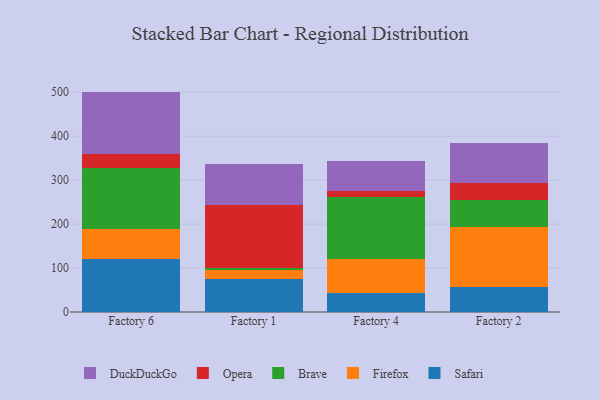
{"axis": {"x": "Factory", "y": "Demand Index"}, "legend": ["Brave", "DuckDuckGo", "Firefox", "Opera", "Safari"], "data": [{"x": "Factory 6", "y": 119.9, "type": "Safari"}, {"x": "Factory 6", "y": 69.9, "type": "Firefox"}, {"x": "Factory 6", "y": 137.7, "type": "Brave"}, {"x": "Factory 6", "y": 31.8, "type": "Opera"}, {"x": "Factory 6", "y": 142.2, "type": "DuckDuckGo"}, {"x": "Factory 1", "y": 74.4, "type": "Safari"}, {"x": "Factory 1", "y": 20.3, "type": "Firefox"}, {"x": "Factory 1", "y": 6.4, "type": "Brave"}, {"x": "Factory 1", "y": 141.5, "type": "Opera"}, {"x": "Factory 1", "y": 95.1, "type": "DuckDuckGo"}, {"x": "Factory 4", "y": 43.7, "type": "Safari"}, {"x": "Factory 4", "y": 76.6, "type": "Firefox"}, {"x": "Factory 4", "y": 140.9, "type": "Brave"}, {"x": "Factory 4", "y": 13.2, "type": "Opera"}, {"x": "Factory 4", "y": 68.5, "type": "DuckDuckGo"}, {"x": "Factory 2", "y": 56.0, "type": "Safari"}, {"x": "Factory 2", "y": 138.0, "type": "Firefox"}, {"x": "Factory 2", "y": 61.9, "type": "Brave"}, {"x": "Factory 2", "y": 37.3, "type": "Opera"}, {"x": "Factory 2", "y": 92.0, "type": "DuckDuckGo"}]}